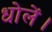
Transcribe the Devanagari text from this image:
धोलें।